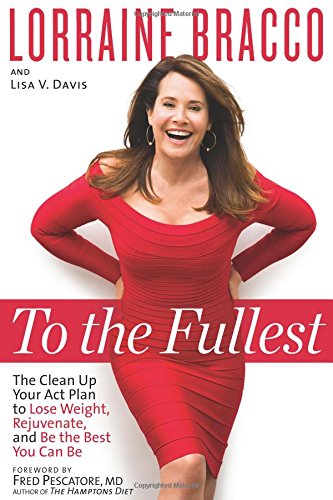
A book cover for To the Fullest: The Clean Up Your Act Plan to Lose Weight, Rejuvenate, and Be the Best You Can Be; Lorraine Bracco; Health, Fitness & Dieting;